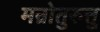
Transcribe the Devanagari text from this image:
मन्रोतुरुत्तु